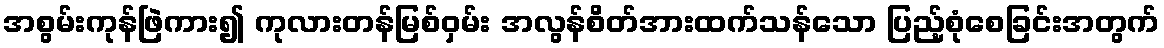
အစွမ်းကုန်ဖြဲကား၍ ကုလားတန်မြစ်ဝှမ်း အလွန်စိတ်အားထက်သန်သော ပြည့်စုံစေခြင်းအတွက်